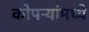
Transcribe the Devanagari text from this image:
कोपऱ्यांमध्ये